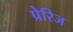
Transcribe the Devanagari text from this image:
प्रेरिज